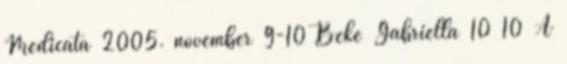
Medicata 2005. november 9-10 Beke Gabriella 10 10 A